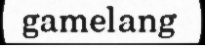
gamelang